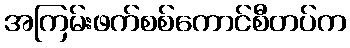
အကြမ်းဖက်စစ်ကောင်စီတပ်က